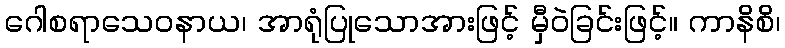
ဂေါစရာသေဝနာယ၊ အာရုံပြုသောအားဖြင့် မှီဝဲခြင်းဖြင့်။ ကာနိစိ၊